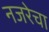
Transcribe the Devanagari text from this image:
नजरेचा